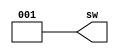
`timescale 100us / 100us
module sw_clock(sw);

parameter PERIOD = 50;

output reg [2:0] sw;

always
	begin: CLOCK_DRIVER
		sw <= 3'b0;
		#(PERIOD/2);
		sw <= 3'b1;
		#(PERIOD/2);
	end
endmodule